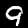
Label: 9